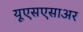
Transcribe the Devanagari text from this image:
यूएसएसाअर